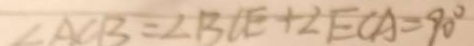
\angle A C B = \angle B C E + \angle E C A = 9 0 ^ { \circ }